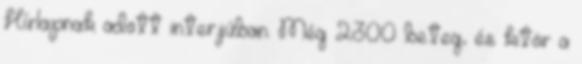
Hírlapnak adott interjúban. Még 2300 beteg, és kitör a